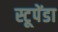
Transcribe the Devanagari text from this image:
स्टूपेंडा